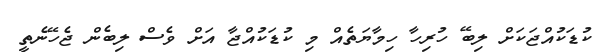
ކުޑަކުއްޖަކަށް ލިބޭ ހުރިހާ ހިމާޔަތެއް މި ކުޑަކުއްޖާ އަށް ވެސް ލިބެން ޖެހޭނެތީ